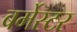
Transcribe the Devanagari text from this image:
बर्मेस्टर